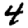
Digit: 4